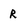
Character: R